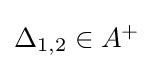
{\textstyle \Delta _{1,2}\in A^{+}}